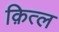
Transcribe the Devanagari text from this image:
क़ित्ल